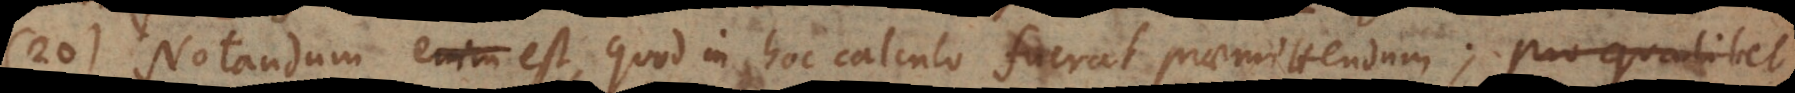
20) Notandum est quod in hoc calculo fuerat praemittendum; pro qualibet